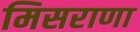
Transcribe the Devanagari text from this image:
मिसराणा